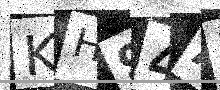
Text: KH94AD